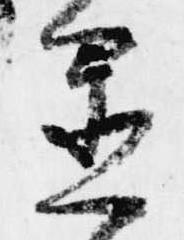
置